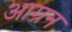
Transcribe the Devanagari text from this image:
आग्रन